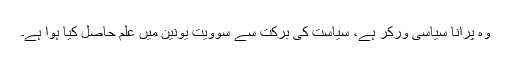
وہ پرانا سیاسی ورکر ہے، سیاست کی برکت سے سوویت یونین میں علم حاصل کیا ہوا ہے۔